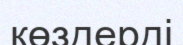
көздерді